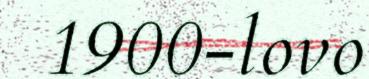
1900-lovo